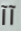
آآ